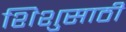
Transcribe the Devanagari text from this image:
शिशुसाठी